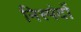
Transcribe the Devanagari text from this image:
निस्पंदों